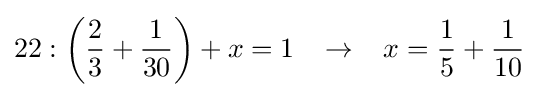
22:{\bigg (}{\frac {2}{3}}+{\frac {1}{30}}{\bigg )}+x=1\;\;\;\rightarrow \;\;\;x={\frac {1}{5}}+{\frac {1}{10}}